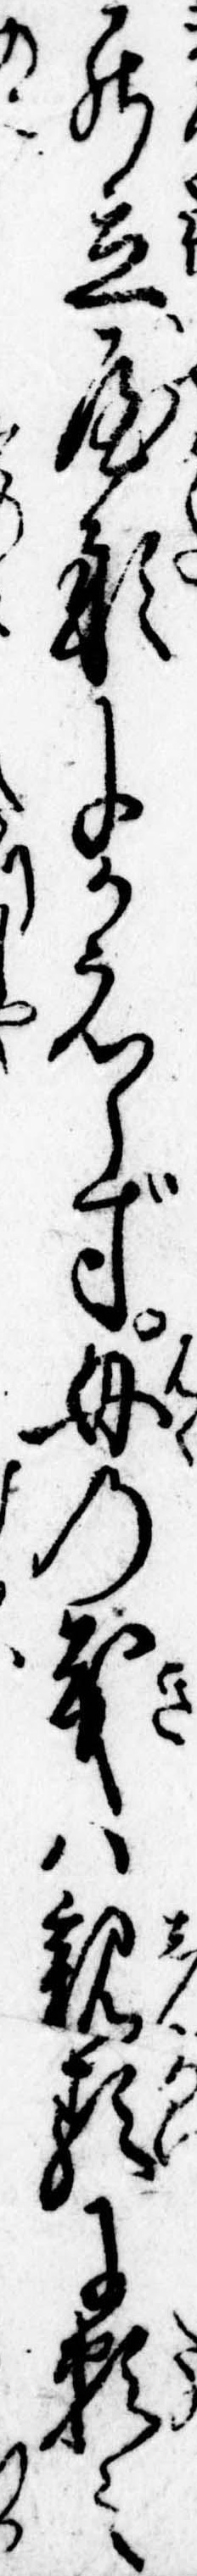
罷立屋形にかえらず母の義は親類に頼み